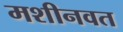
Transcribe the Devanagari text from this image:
मशीनवत